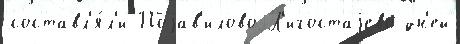
составл'я́л'и Поjав'илово Л'игостаjево дн'ей